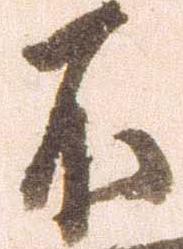
不